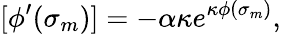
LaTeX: [\phi^{\prime}(\sigma_{m})]=-\alpha\kappa e^{\kappa\phi(\sigma_{m})},